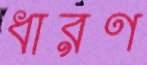
ধারণ